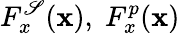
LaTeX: F_{x}^{\mathscr{S}}(\mathbf{{x}}),\; F_{x}^{p}(\mathbf{{x}})